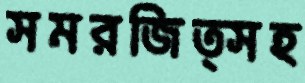
সমরজিত্সহ